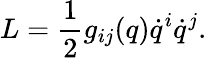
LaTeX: L=\frac{1}{2}g_{ij}(q)\dot{q}^{i}\dot{q}^{j}.